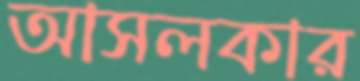
আসলকার